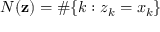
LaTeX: N ( \mathbf { z } ) = \# \{ k : z _ { k } = x _ { k } \}